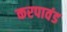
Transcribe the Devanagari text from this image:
करपावंड